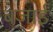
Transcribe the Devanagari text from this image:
बजाईं